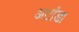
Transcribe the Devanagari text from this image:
अटांडा